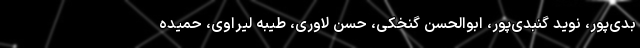
بدی‌پور، نوید گنبدی‌پور، ابوالحسن گنخکی، حسن لاوری، طیبه لیراوی، حمیده